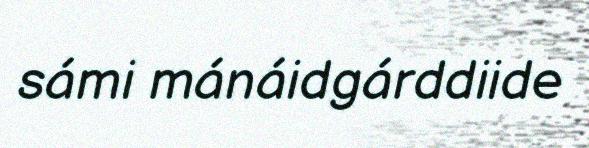
sámi mánáidgárddiide